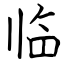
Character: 临